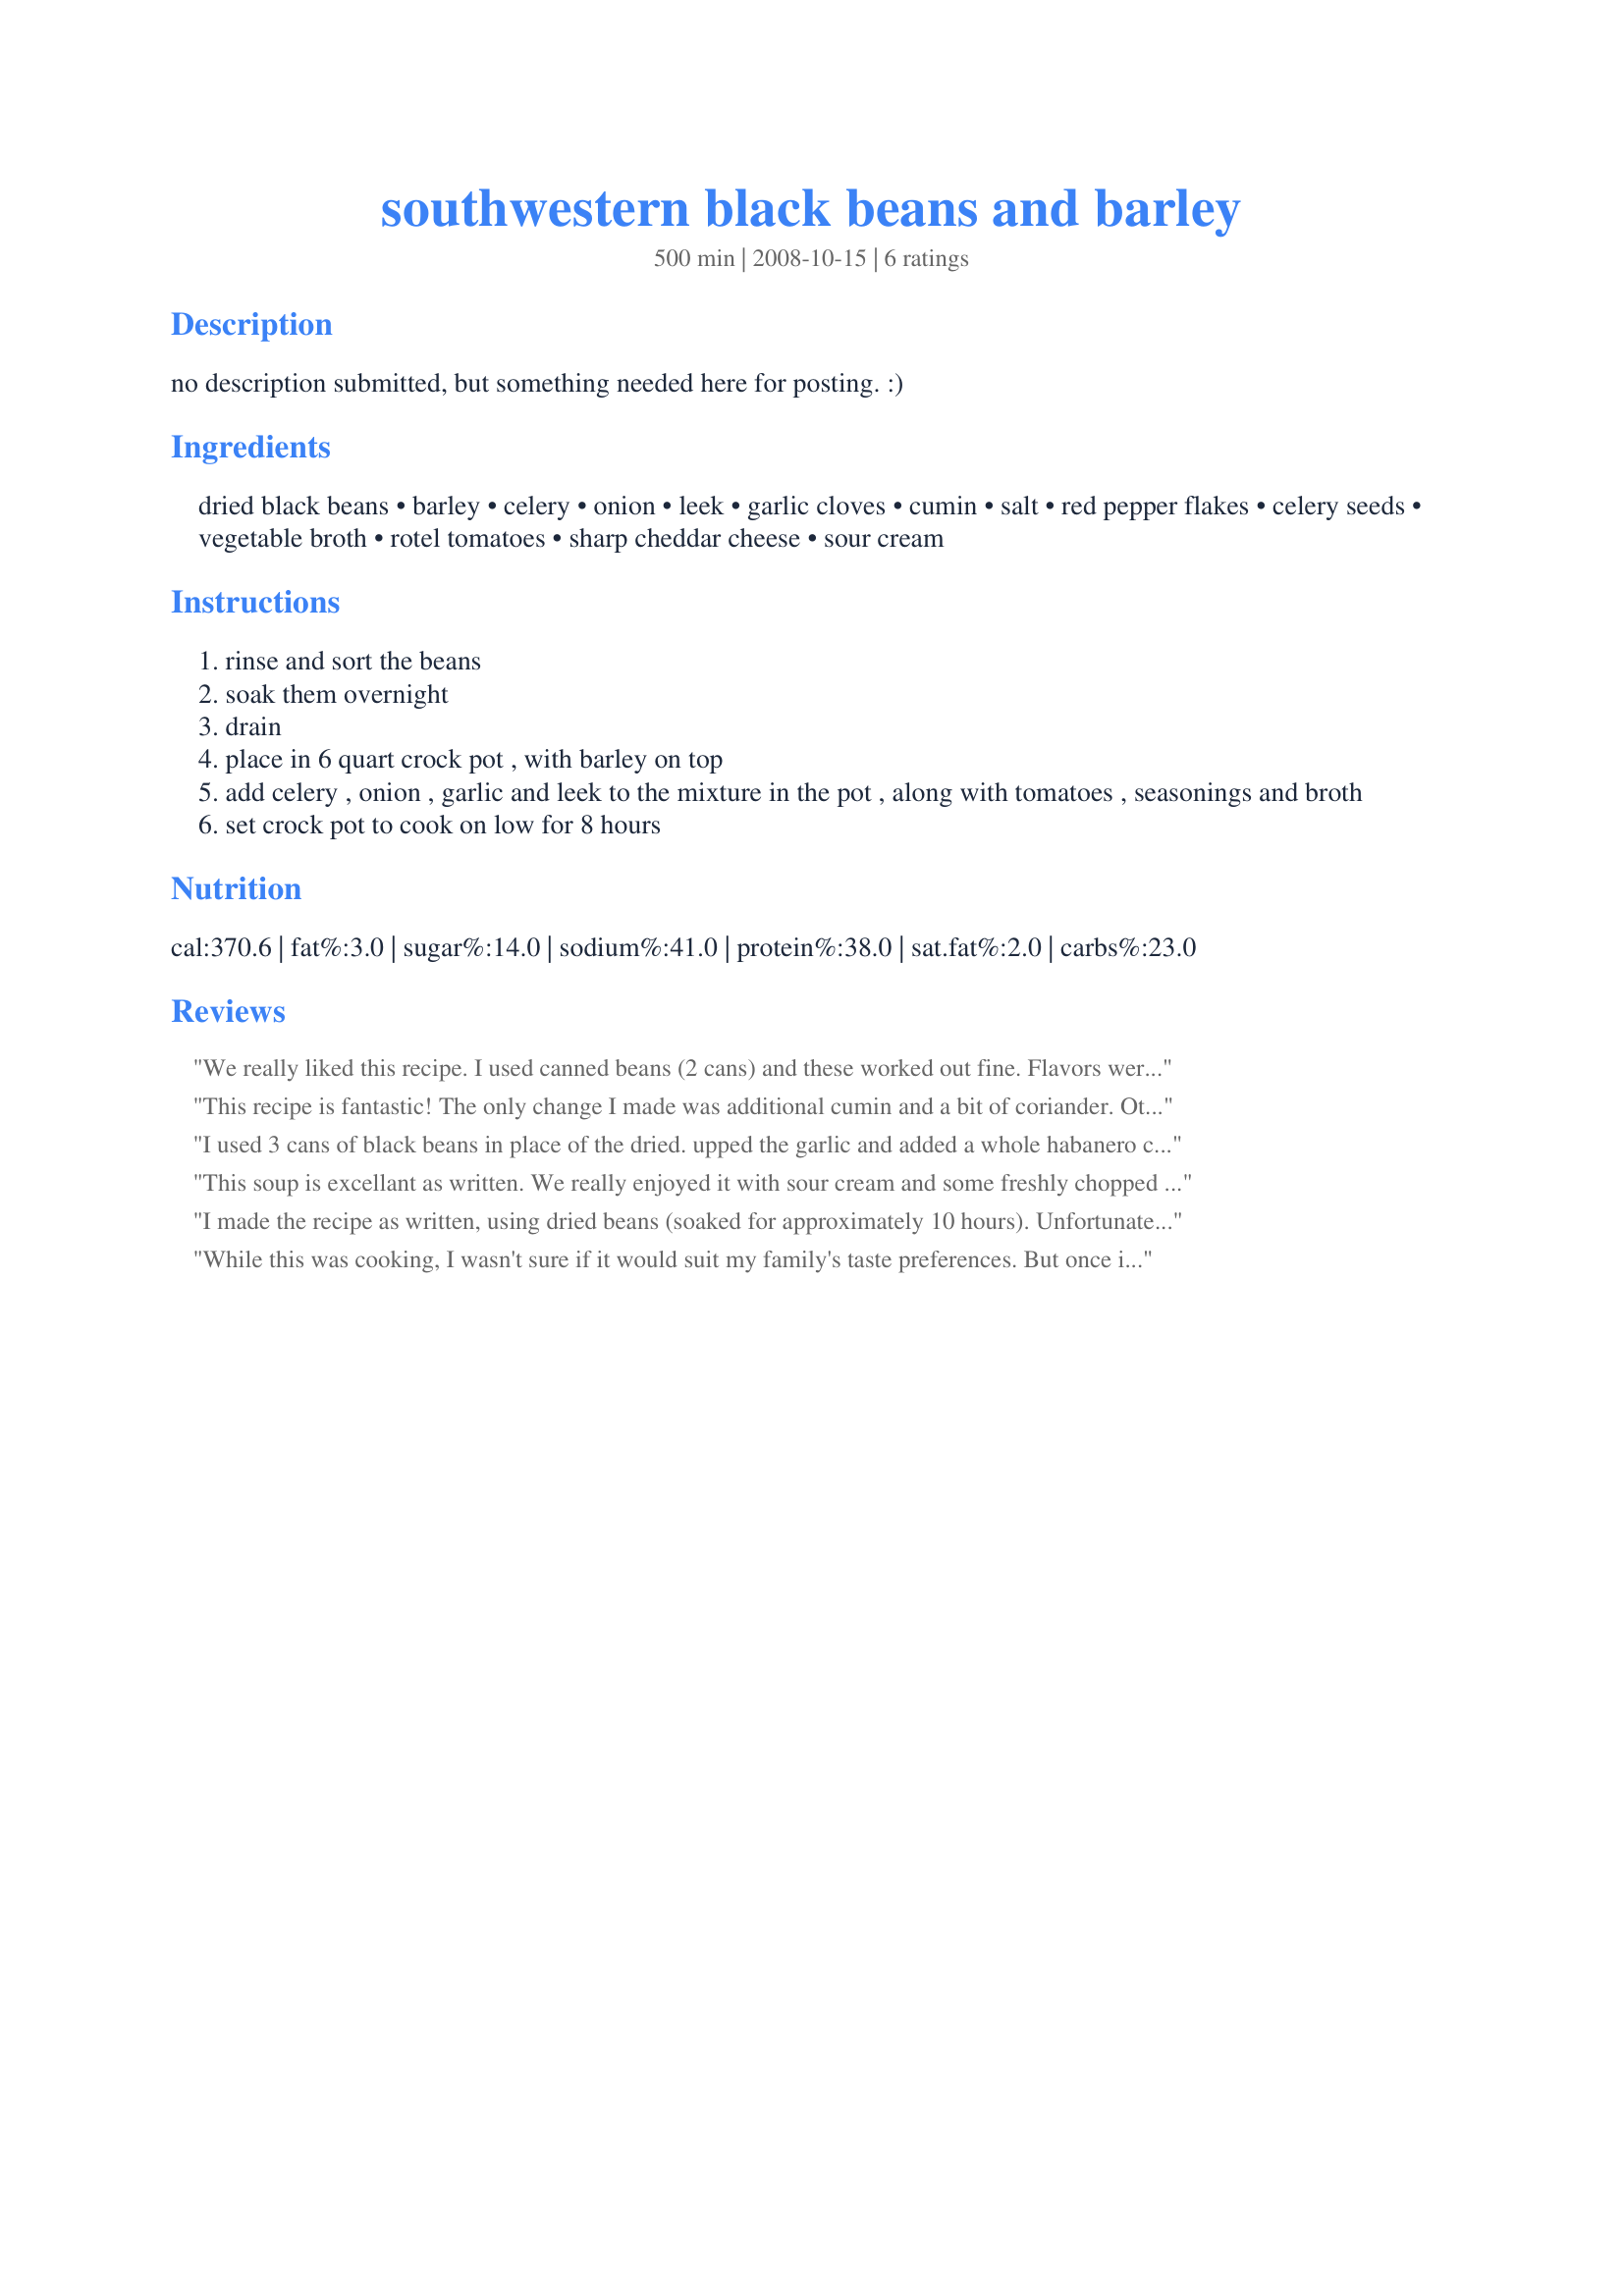
southwestern black beans and barley
Preparation time: 500 minutes

no description submitted, but something needed here for posting. :)

Ingredients:
dried black beans, barley, celery, onion, leek, garlic cloves, cumin, salt, red pepper flakes, celery seeds, vegetable broth, rotel tomatoes, sharp cheddar cheese, sour cream

Steps:
rinse and sort the beans
soak them overnight
drain
place in 6 quart crock pot , with barley on top
add celery , onion , garlic and leek to the mixture in the pot , along with tomatoes , seasonings and broth
set crock pot to cook on low for 8 hours

Reviews:
We really liked this recipe. I used canned beans (2 cans) and these worked out fine. Flavors were very nice. We ate this as a soup with the cheese sprinkled on top. Made for the CRAZE-E Cooking contest finalists, October 2008.
This recipe is fantastic! The only change I made was additional cumin and a bit of coriander. Other reviewers found that the beans did not cook in the alloted time; I didn't have that problem, just make sure you soak them first. My husband and 6 year old couldn't get enough! This will definitely be a regular in our rotation.
I used 3 cans of black beans in place of the dried. upped the garlic and added a whole habanero chili for extra heat. The recipe called for 8 cups of broth which made this a soup. I did reduce some of the broth stove top at the end of cooking for a heartier soup. Which I hope it was meant to be? Topped with cheddar cheese. I skipped the salt and rinsed the canned beans to keep the sodium down.
Thank you for the goodness!
This soup is excellant as written. We really enjoyed it with sour cream and some freshly chopped cilantro. Great on this cold evening.
I made the recipe as written, using dried beans (soaked for approximately 10 hours). Unfortunately, at the end of 8 hours the beans were still 'crunchy' and the barley was overcooked. However, It did have good flavor so think that you're on the right track. Would suggest making it clear in the description or title as to whether the recipe is intended as a soup or side dish.
While this was cooking, I wasn't sure if it would suit my family's taste preferences. But once it was fully cooked, boy was I surprised. Once the barley and vegetables absorbed all the seasonings and other flavors, it turned out to be a very tasty dish. It was somewhat similar in flavor to my family's favorite chili dish, so it was an immediate hit in my house. I'll definitely make this again.
